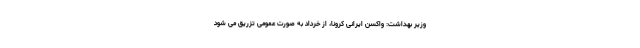
وزیر بهداشت: واکسن ایرانی کرونا، از خرداد به صورت عمومی تزریق می شود